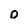
Character: D